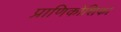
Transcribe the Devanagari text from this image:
प्राणिकोशिका